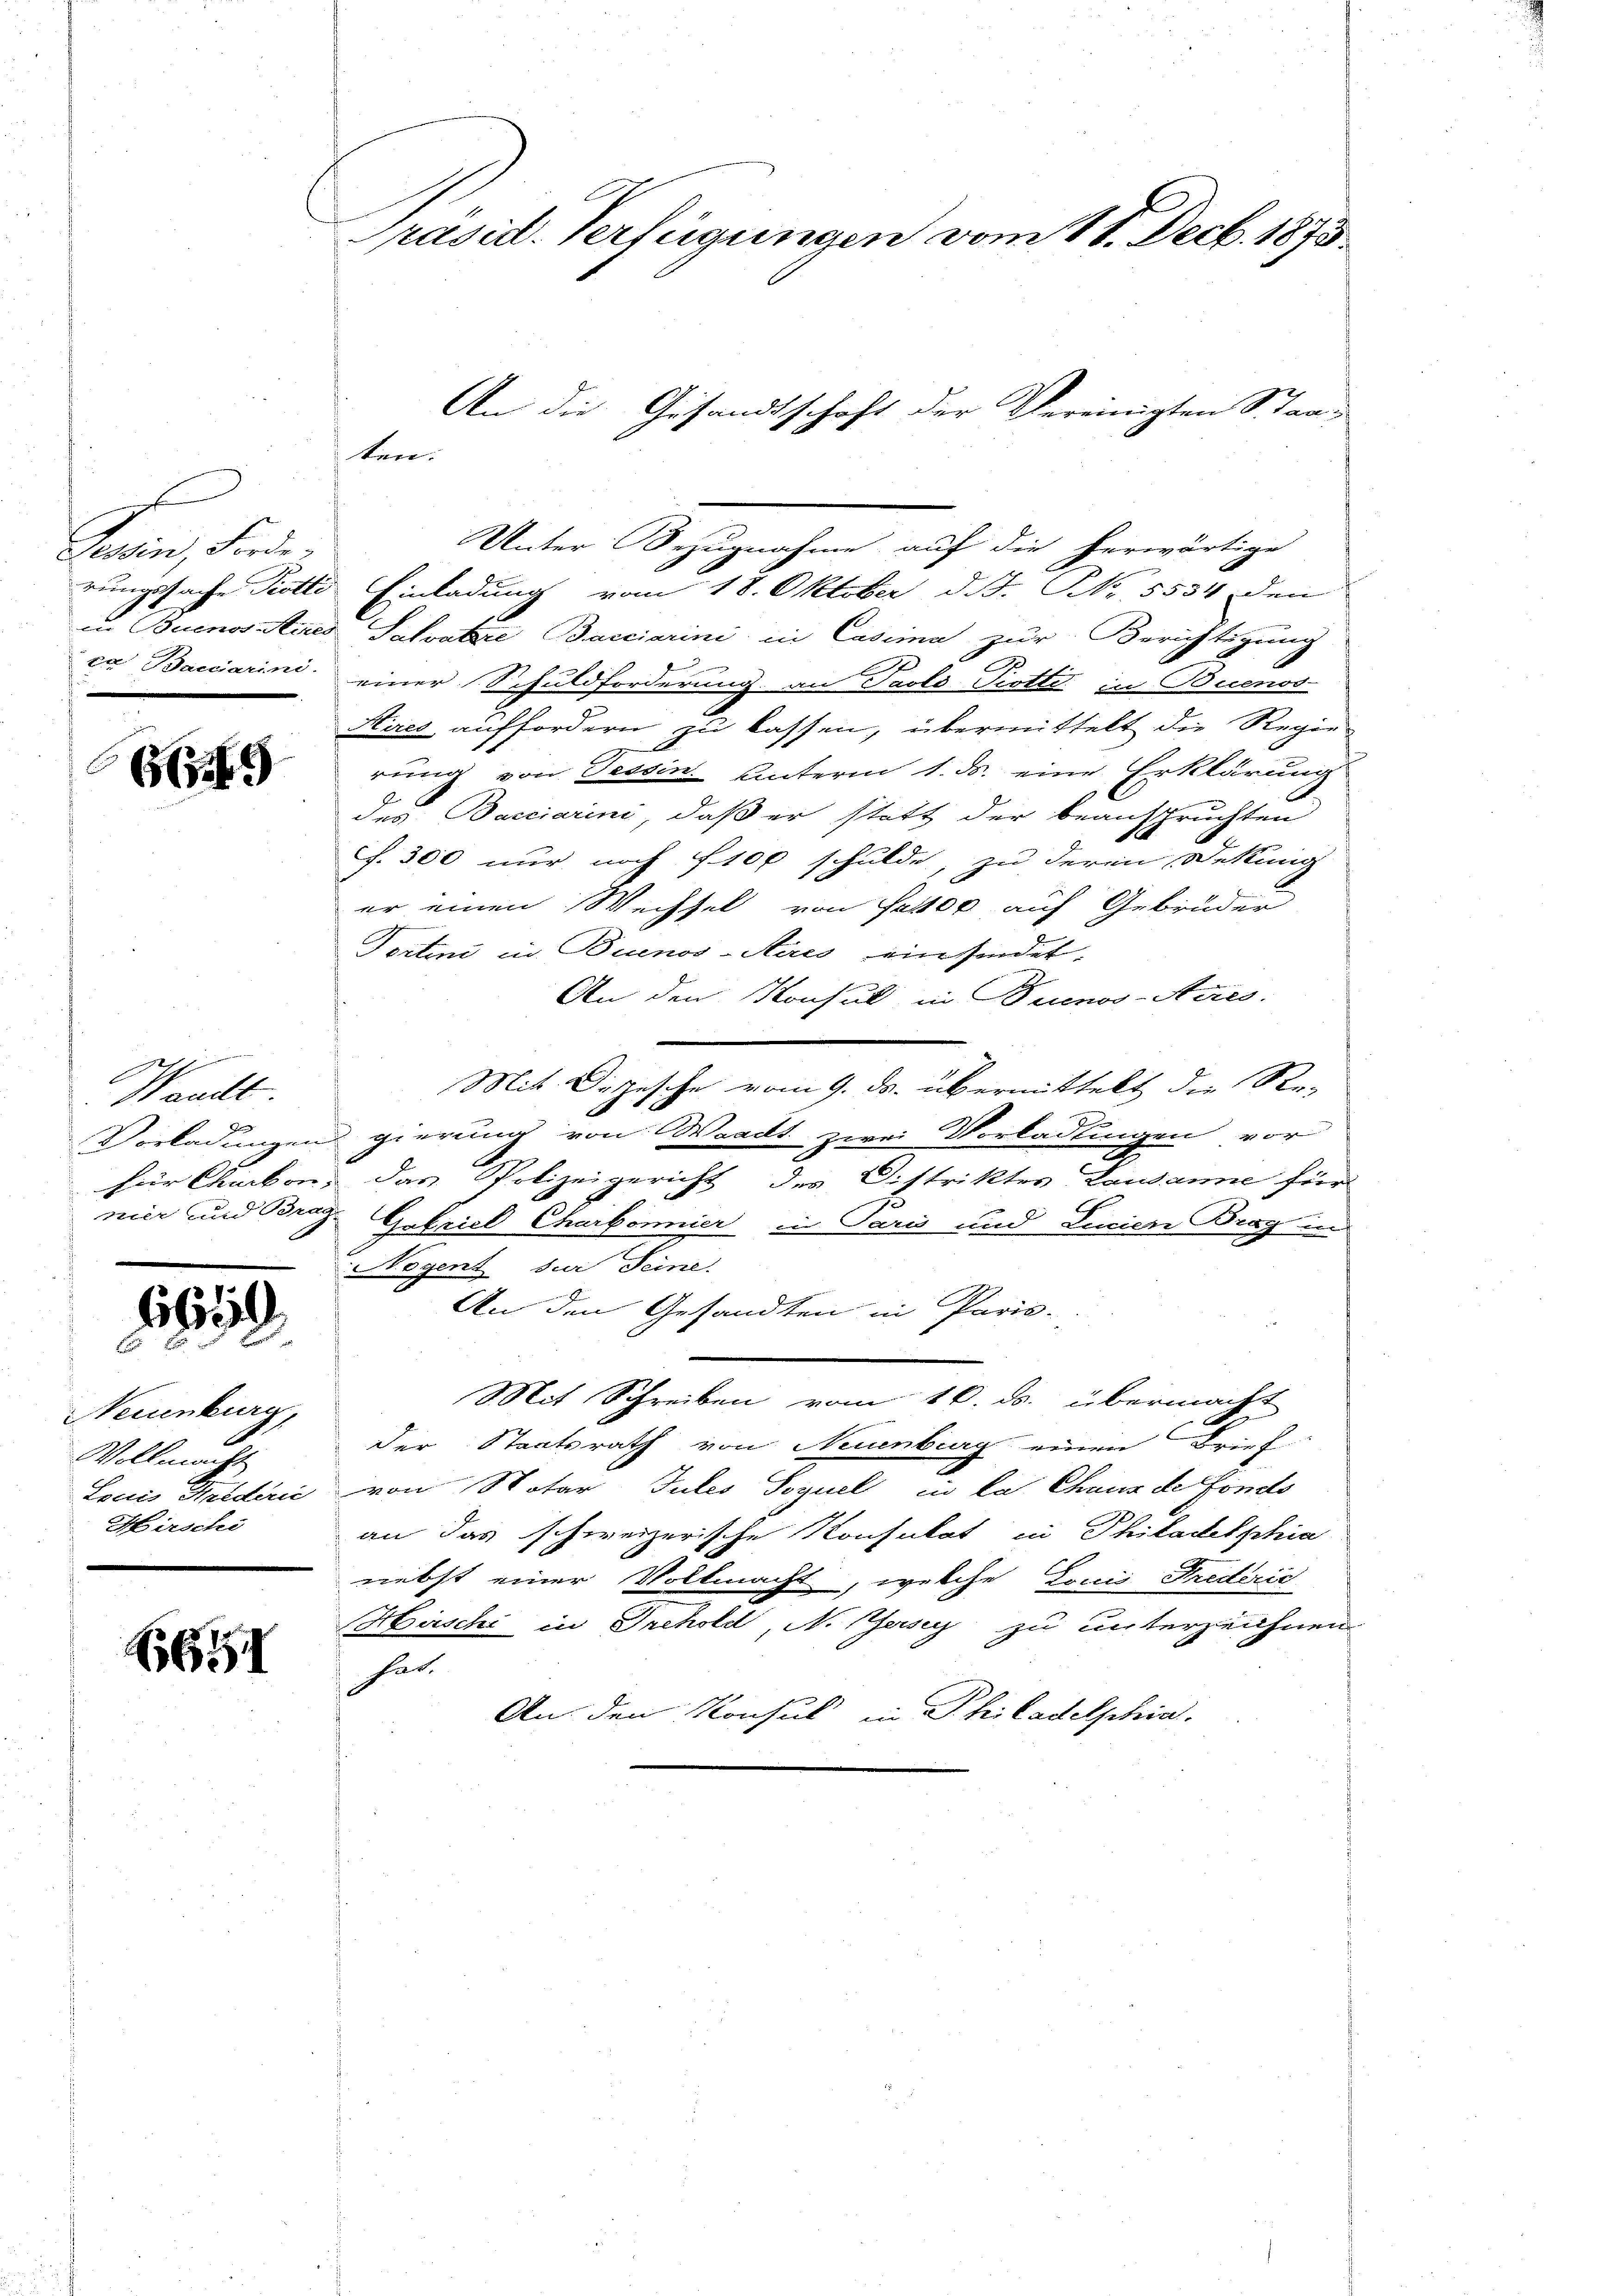
Joan, Fin

615

ge
t
Waadt.

i

Neuenburg,
Vollmacht
Hirschi

6654

Präsid. Verfügungen vom 18. Decb. 1873.
An die Gesandtschaft der Vereinigten Staa
ten.

in Buenos Aires Salvatore Bacciarini in Casima zur Berichtigung
ca Baccarini, einer Schuldforderung an Paoli-Piotti in Buenos
Aires auffordern zu lassen, übermittelt die Regie-
rung von Tessin. Unterm 1. ds. eine Erklärung
des Bacciarini, daß er statt der beanspruchten
F. 300 nur noch f 100 schulde, zu deren Dekung
er einen Wechsel von set00 auf Gebrüder
Tertini in Buenos-Aires ein sindet
An den Konsul in Buenos-Aaes.
Mit Depesche vom 9. ds. übermittelt die Re-
Vorladungen gierung von Waadt zwei Vorladungen vor
für Chacken, das Polizeigericht des Distriktes Lausanne für
15
nier und Borg Getrieb Charbonnier in Paris und Lucien Brag in
 Negent sur Seine.
An den Gesandten in Paris-
Mit Schreiben vom 16. ds. übermacht
Der Staatsrath von Neuenburg einen Brief-
Louis Felderić von Notar Jules Voguel in la Chaus de fondo
an das schweizerische Konsultat in Philadelphia
nebst einer Vollmacht, welche Louis Frederic
Hirschi in Trehold, N. Geisey zu unterzeichnen.
hat.
An den Konsul in Philadelschin.

Unter Bezugnahme auf die herwärtige
rungssache Trotto Einladung vom 18. Oktober d. J. Nr. 5534 den